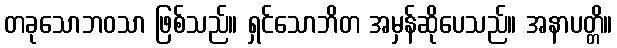
တခုသောဘဝသာ ဖြစ်သည်။ ရှင်သောဘိတ အမှန်ဆိုပေသည်။ အနာပတ္တိ။